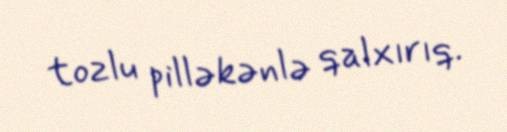
tozlu pilləkənlə qalxırıq.